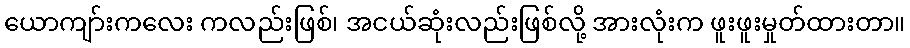
ယောကျာ်းကလေး ကလည်းဖြစ်၊ အငယ်ဆုံးလည်းဖြစ်လို့ အားလုံးက ဖူးဖူးမှုတ်ထားတာ။